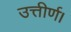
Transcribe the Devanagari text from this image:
उत्तीर्ण।